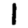
Digit: 1